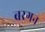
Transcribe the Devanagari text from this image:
बरगन